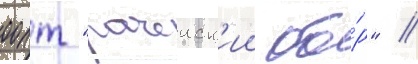
оопт "рачеиск'ии бо́р" //